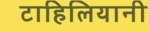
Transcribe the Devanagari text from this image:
टाहिलियानी